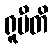
ရူပီတိ